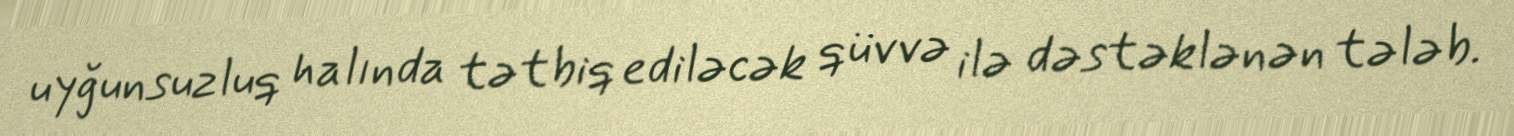
uyğunsuzluq halında tətbiq ediləcək qüvvə ilə dəstəklənən tələb.